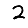
Digit: 2